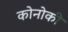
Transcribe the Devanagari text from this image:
कोनोकी